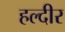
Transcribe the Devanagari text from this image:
हल्दीर